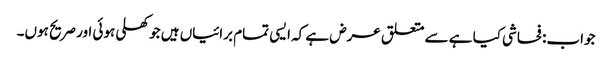
جواب: فحاشی کیا ہے سے متعلق عرض ہے کہ ایسی تمام برائیاں ہیں جو کھلی ہوئی اور صریح ہوں۔